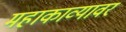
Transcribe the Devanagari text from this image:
महाकाव्यावर